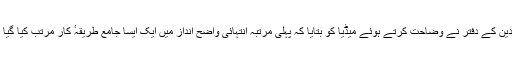
ویٹیکن کے دوسرے بااختیار ادارے مذہبی اجتماع (Congregation) برائے عقیدہ و دین کے دفتر نے وضاحت کرتے ہوئے میڈیا کو بتایا کہ پہلی مرتبہ انتہائی واضح انداز میں ایک ایسا جامع طریقہٴ کار مرتب کیا گیا ہے تا کہ جنسی زیادتی کے فعل کے ارتکاب کی ہر ممکن طور پر روک تھام ہو سکے۔